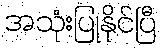
အသုံးပြုနိုင်ပြီ